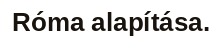
Róma alapítása.